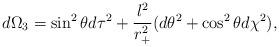
LaTeX: \begin{align*}d\Omega_3= \sin^2\theta d\tau^2 +\frac{l^2}{r_+^2}(d\theta^2 +\cos^2\theta d\chi^2),\end{align*}